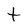
Character: t